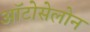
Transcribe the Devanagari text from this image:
ऑटोसेलोन